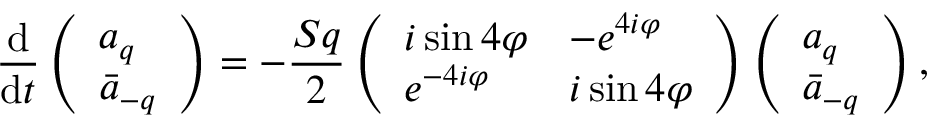
\frac { \mathrm { d } } { \mathrm { d } t } \left( \begin{array} { l } { a _ { q } } \\ { \Bar { a } _ { - q } } \end{array} \right) = - \frac { S q } { 2 } \left( \begin{array} { l l } { i \sin { 4 \varphi } } & { - e ^ { 4 i \varphi } } \\ { e ^ { - 4 i \varphi } } & { i \sin { 4 \varphi } } \end{array} \right) \left( \begin{array} { l } { a _ { q } } \\ { \Bar { a } _ { - q } } \end{array} \right) ,